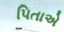
પિતાએ